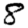
Digit: 8